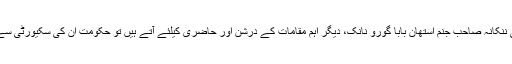
ہندوستان سے ہر سال سکھ کمیونٹی ہزاروں کی تعداد میں پہلے ہی ننکانہ صاحب جنم استھان بابا گورو نانک، دیگر اہم مقامات کے درشن اور حاضری کیلئے آتے ہیں تو حکومت ان کی سکیورٹی سے لیکر دیگر حوالوں سے ان کیلئے خصوصی انتظامات کرتی ہے۔